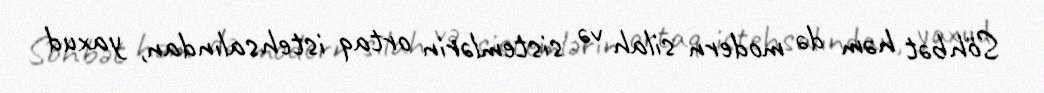
Söhbət həm də modern silah və sistemlərin ortaq istehsalından, yaxud